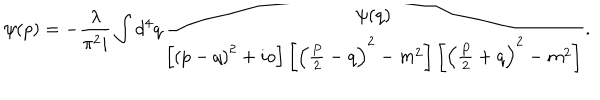
\psi ( p ) = - \frac { \lambda } { \pi ^ { 2 } i } \int d ^ { 4 } q \frac { \psi ( q ) } { \left[ \left( p - q \right) ^ { 2 } + i o \right] \left[ \left( \frac { P } { 2 } - q \right) ^ { 2 } - m ^ { 2 } \right] \left[ \left( \frac { P } { 2 } + q \right) ^ { 2 } - m ^ { 2 } \right] } .